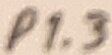
Text: P1.3